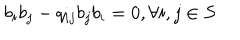
b _ { i } b _ { j } - q _ { i j } b _ { j } b _ { i } = 0 , \forall i , j \in S